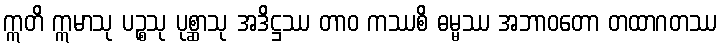
ဣတိ ဣမာသု ပဉ္စသု ပုစ္ဆာသု အဒိဋ္ဌဿ တာဝ ကဿစိ ဓမ္မဿ အဘာဝတော တထာဂတဿ